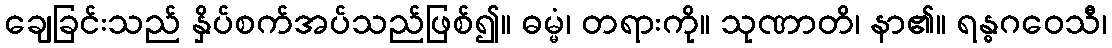
ချေခြင်းသည် နှိပ်စက်အပ်သည်ဖြစ်၍။ ဓမ္မံ၊ တရားကို။ သုဏာတိ၊ နာ၏။ ရန္ဓဂဝေသီ၊